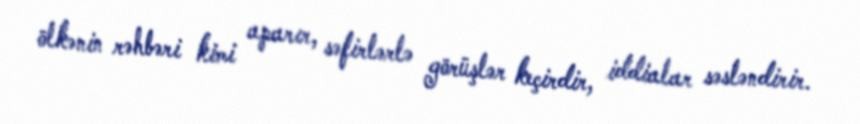
ölkənin rəhbəri kimi aparır, səfirlərlə görüşlər keçirdir, iddialar səsləndirir.